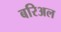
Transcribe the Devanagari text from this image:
बरिअल